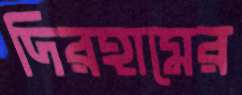
দিরহামের